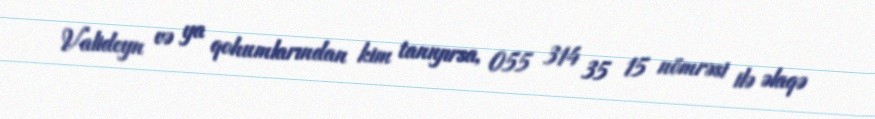
Valideyn və ya qohumlarından kim tanıyırsa, 055 314 35 15 nömrəsi ilə əlaqə